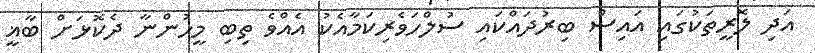
އަދި ލޮރީތަކުގައި އައިސް ބިރުދައްކައި ސުލްހަވެރިކަމާއެކު އެއްވެ ތިބި މީހުންނާ ދެކޮޅަށް ބާޣީ